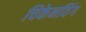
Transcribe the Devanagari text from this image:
चिकेनविंग